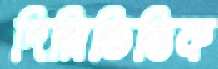
দিল্লিভিত্তিক